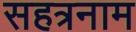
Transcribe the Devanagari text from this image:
सहत्रनाम